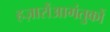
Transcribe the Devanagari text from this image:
हज़ारोंआगंतुकों